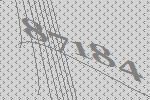
87184